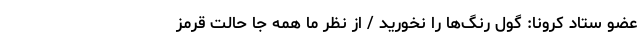
عضو ستاد کرونا: گول رنگ‌ها را نخورید / از نظر ما همه جا حالت قرمز